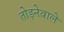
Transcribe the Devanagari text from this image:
तोड़नेवाले